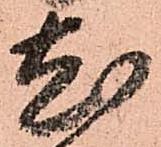
尤